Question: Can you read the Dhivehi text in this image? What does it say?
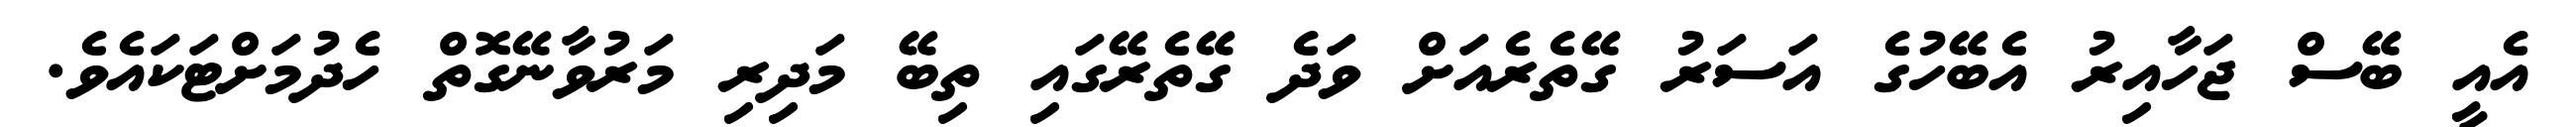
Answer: އެއީ ބޭސް ޖަހާއިރު އެބޭހުގެ އަސަރު ގޭތެރެއަށް ވަދެ ގޭތެރޭގައި ތިބޭ މަދިރި މަރުވާނޭގޮތް ހެދުމަށްޓަކައެވެ.